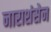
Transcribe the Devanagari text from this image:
नाराशंसेन